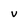
Character: v